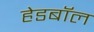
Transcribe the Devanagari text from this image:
हेडबॉल